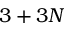
3 + 3 N